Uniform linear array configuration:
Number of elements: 32
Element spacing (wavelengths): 0.25
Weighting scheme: binomial
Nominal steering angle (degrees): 0
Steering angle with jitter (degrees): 1.684
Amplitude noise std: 0.05
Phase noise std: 0.05

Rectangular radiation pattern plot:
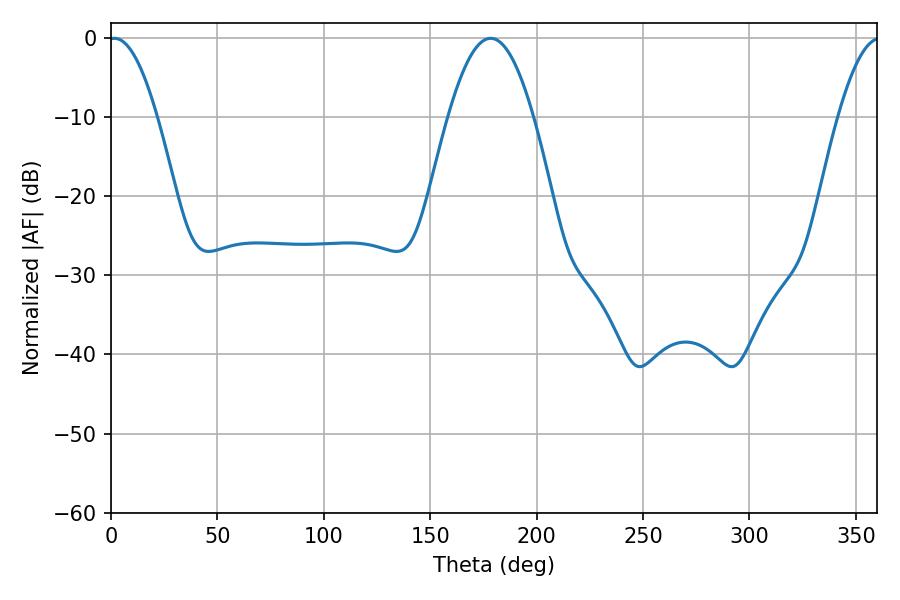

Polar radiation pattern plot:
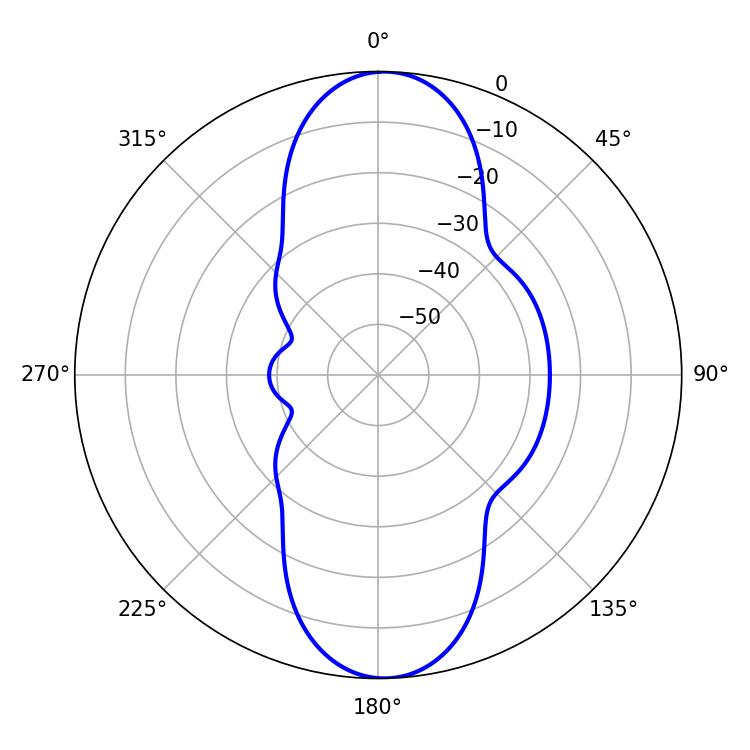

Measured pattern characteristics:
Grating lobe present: FALSE
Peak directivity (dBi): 18.817
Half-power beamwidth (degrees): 12.42
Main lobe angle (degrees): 1.62